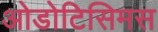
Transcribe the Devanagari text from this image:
ओडोटिसिमस